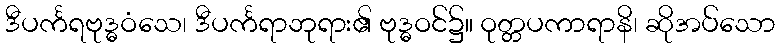
ဒီပင်္ကရဗုဒ္ဓဝံသေ၊ ဒီပင်္ကရာဘုရား၏ ဗုဒ္ဓဝင်၌။ ဝုတ္တပကာရာနိ၊ ဆိုအပ်သော